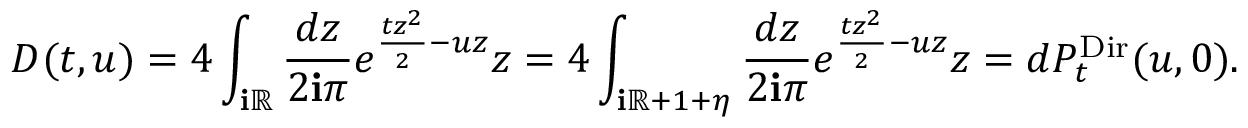
D ( t , u ) = 4 \int _ { \ensuremath { \mathbf { i } } \mathbb R } \frac { d z } { 2 \ensuremath { \mathbf { i } } \pi } e ^ { \frac { t z ^ { 2 } } { 2 } - u z } z = 4 \int _ { \ensuremath { \mathbf { i } } \mathbb R + 1 + \eta } \frac { d z } { 2 \ensuremath { \mathbf { i } } \pi } e ^ { \frac { t z ^ { 2 } } { 2 } - u z } z = d P _ { t } ^ { \mathrm { D i r } } ( u , 0 ) .